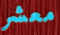
معشر